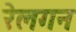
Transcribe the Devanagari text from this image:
रेलगन